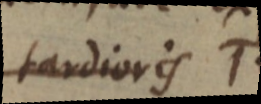
tardioris T